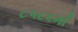
૮૫૮૬મી